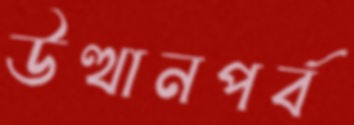
উত্থানপর্ব